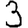
Digit: 3